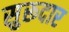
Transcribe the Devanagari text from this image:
सुरूदार